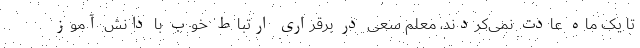
تا یک ماه عادت نمی‌کردند، معلم سعی در برقراری ارتباط خوب با دانش آموز